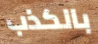
بالكذب